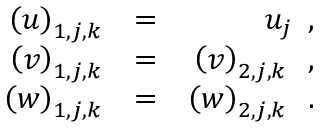
\begin{array} { r l r } { { \left( u \right) _ { 1 , j , k } } } & { { } { = } } & { { u _ { j } \, \mathrm { ~ , ~ } } } \\ { { \left( v \right) _ { 1 , j , k } } } & { { } { = } } & { { \left( v \right) _ { 2 , j , k } \, \mathrm { ~ , ~ } } } \\ { { \left( w \right) _ { 1 , j , k } } } & { { } { = } } & { { \left( w \right) _ { 2 , j , k } \, \mathrm { ~ . ~ } } } \end{array}